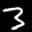
Label: 3